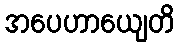
အပေဟာယျေတိ